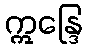
ဣန္ဒြေ